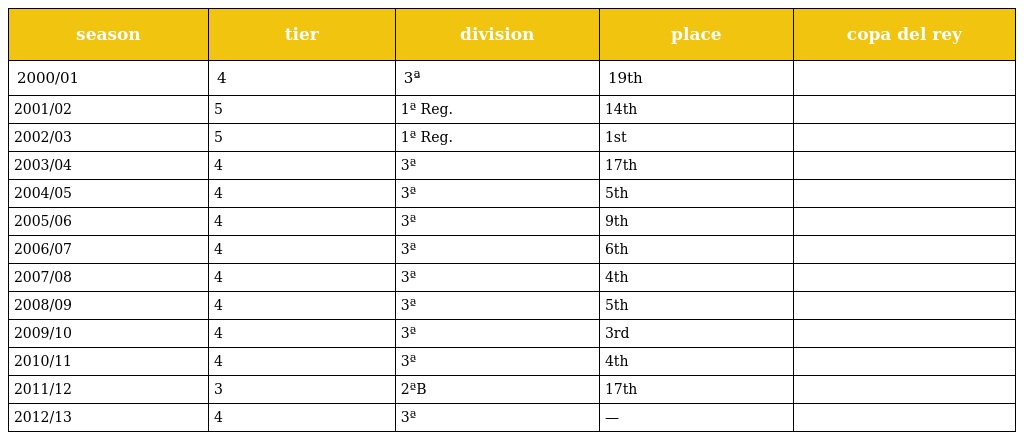
| season | tier | division | place | copa del rey |
 | --- | --- | --- | --- | --- |
 | 2000/01 | 4 | 3ª | 19th |  |
 | 2001/02 | 5 | 1ª Reg. | 14th |  |
 | 2002/03 | 5 | 1ª Reg. | 1st |  |
 | 2003/04 | 4 | 3ª | 17th |  |
 | 2004/05 | 4 | 3ª | 5th |  |
 | 2005/06 | 4 | 3ª | 9th |  |
 | 2006/07 | 4 | 3ª | 6th |  |
 | 2007/08 | 4 | 3ª | 4th |  |
 | 2008/09 | 4 | 3ª | 5th |  |
 | 2009/10 | 4 | 3ª | 3rd |  |
 | 2010/11 | 4 | 3ª | 4th |  |
 | 2011/12 | 3 | 2ªB | 17th |  |
 | 2012/13 | 4 | 3ª | — |  |